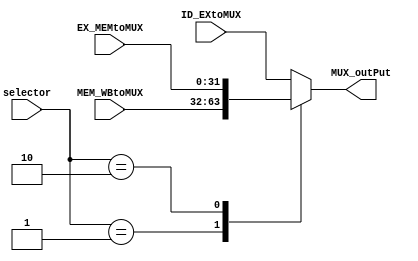
module MUX3to1 (
		input [31:0]ID_EXtoMUX, 
		input [31:0]EX_MEMtoMUX, 
		input [31:0]MEM_WBtoMUX,	 
		input [1:0]selector, 
		output reg [31:0]MUX_outPut
);

always @ (selector, ID_EXtoMUX, EX_MEMtoMUX, MEM_WBtoMUX)
begin
	case (selector)
		2'b00: MUX_outPut = ID_EXtoMUX;
		2'b01: MUX_outPut = MEM_WBtoMUX;
		2'b10: MUX_outPut = EX_MEMtoMUX;
		
		default:
			MUX_outPut = ID_EXtoMUX;
	endcase
end

//assign MUX_outPut = selector == 2'b10 ? ID_EXtoMUX : selector == 2'b01 ? MEM_WBtoMUX: EX_MEMtoMUX; 


endmodule